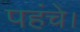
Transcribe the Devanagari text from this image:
पहंचे।